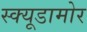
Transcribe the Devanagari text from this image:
स्क्यूडामोर